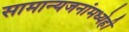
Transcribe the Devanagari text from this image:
सामान्यजनांमध्येही